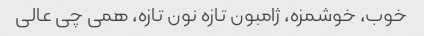
خوب، خوشمزه، ژامبون تازه نون تازه، همی چی عالی